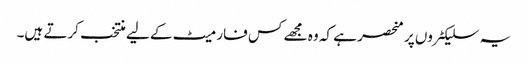
یہ سلیکٹروں پر منحصر ہے کہ وہ مجھے کس فارمیٹ کے لیے منتخب کرتے ہیں۔